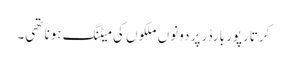
کرتارپور بارڈر پر دونوں ملکوں کی میٹنگ ہونا تھی۔